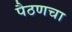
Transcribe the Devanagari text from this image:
पैठणचा